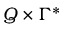
Q \times \Gamma ^ { * }